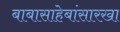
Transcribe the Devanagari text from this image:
बाबासाहेबांसारखा